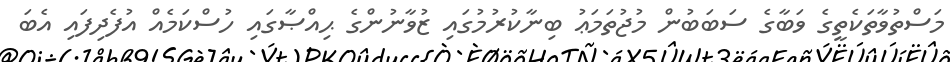
މަސްތުވާތަކެތީގެ ވަބާގެ ސަބަބުން މުޖުތަމަޢު ބިނާކުރުމުގައި ޒުވާނުންގެ ޙިއްޞާގައި ހުސްކަމެއް އުފެދިފައި އެބަ